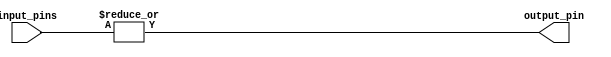
module or_gate_64 (
    input [63:0] input_pins,
    output output_pin
);

assign output_pin = |input_pins;

endmodule